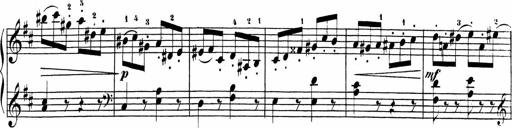
Title: Sonatinen Op.47, 98 und 136, nebst 6 Liedersonatinen
Composer: Carl Reinecke